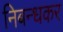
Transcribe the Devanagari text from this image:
निबन्धकर